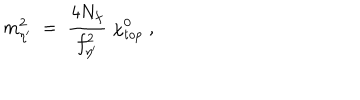
m _ { \eta ^ { \prime } } ^ { 2 } \; = \; \frac { 4 N _ { f } } { f _ { \eta ^ { \prime } } ^ { 2 } } \; \chi _ { t o p } ^ { 0 } \; ,